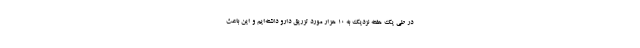
در طی یک هفته نزدیک به ۱۰ هزار مورد تزریق دارو داشته‌ایم و این باعث